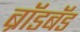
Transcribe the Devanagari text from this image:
ब्राॅडबॅड